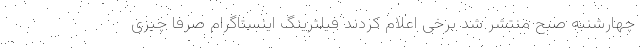
چهارشنبه صبح منتشر شد برخی اعلام کردند فیلترینگ اینستاگرام صرفا چیزی